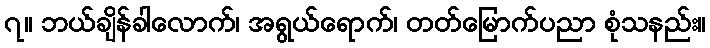
၇။ ဘယ်ချိန်ခါလောက်၊ အရွယ်ရောက်၊ တတ်မြောက်ပညာ စုံသနည်း။